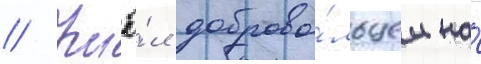
// Ушё́л доброво́льцем на́